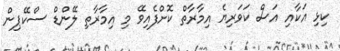
ކިޅި އަކާއި އަސް ކަވަރިޔެ އިމާރާތް ކޮށްފެއިވޭ މި އިމާރާތި ލޭންޑް ސްކޭޕިން